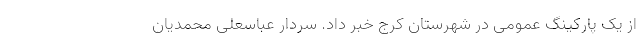
از یک پارکینگ عمومی در شهرستان کرج خبر داد. سردار عباسعلی محمدیان